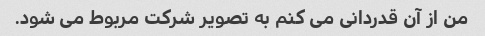
من از آن قدردانی می کنم به تصویر شرکت مربوط می شود.